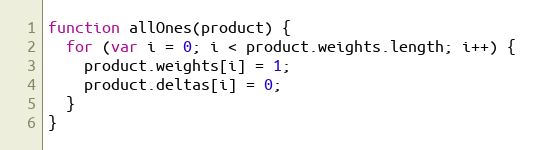
Language: JavaScript
function allOnes(product) {
  for (var i = 0; i < product.weights.length; i++) {
    product.weights[i] = 1;
    product.deltas[i] = 0;
  }
}